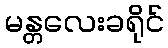
မန္တလေးခရိုင်